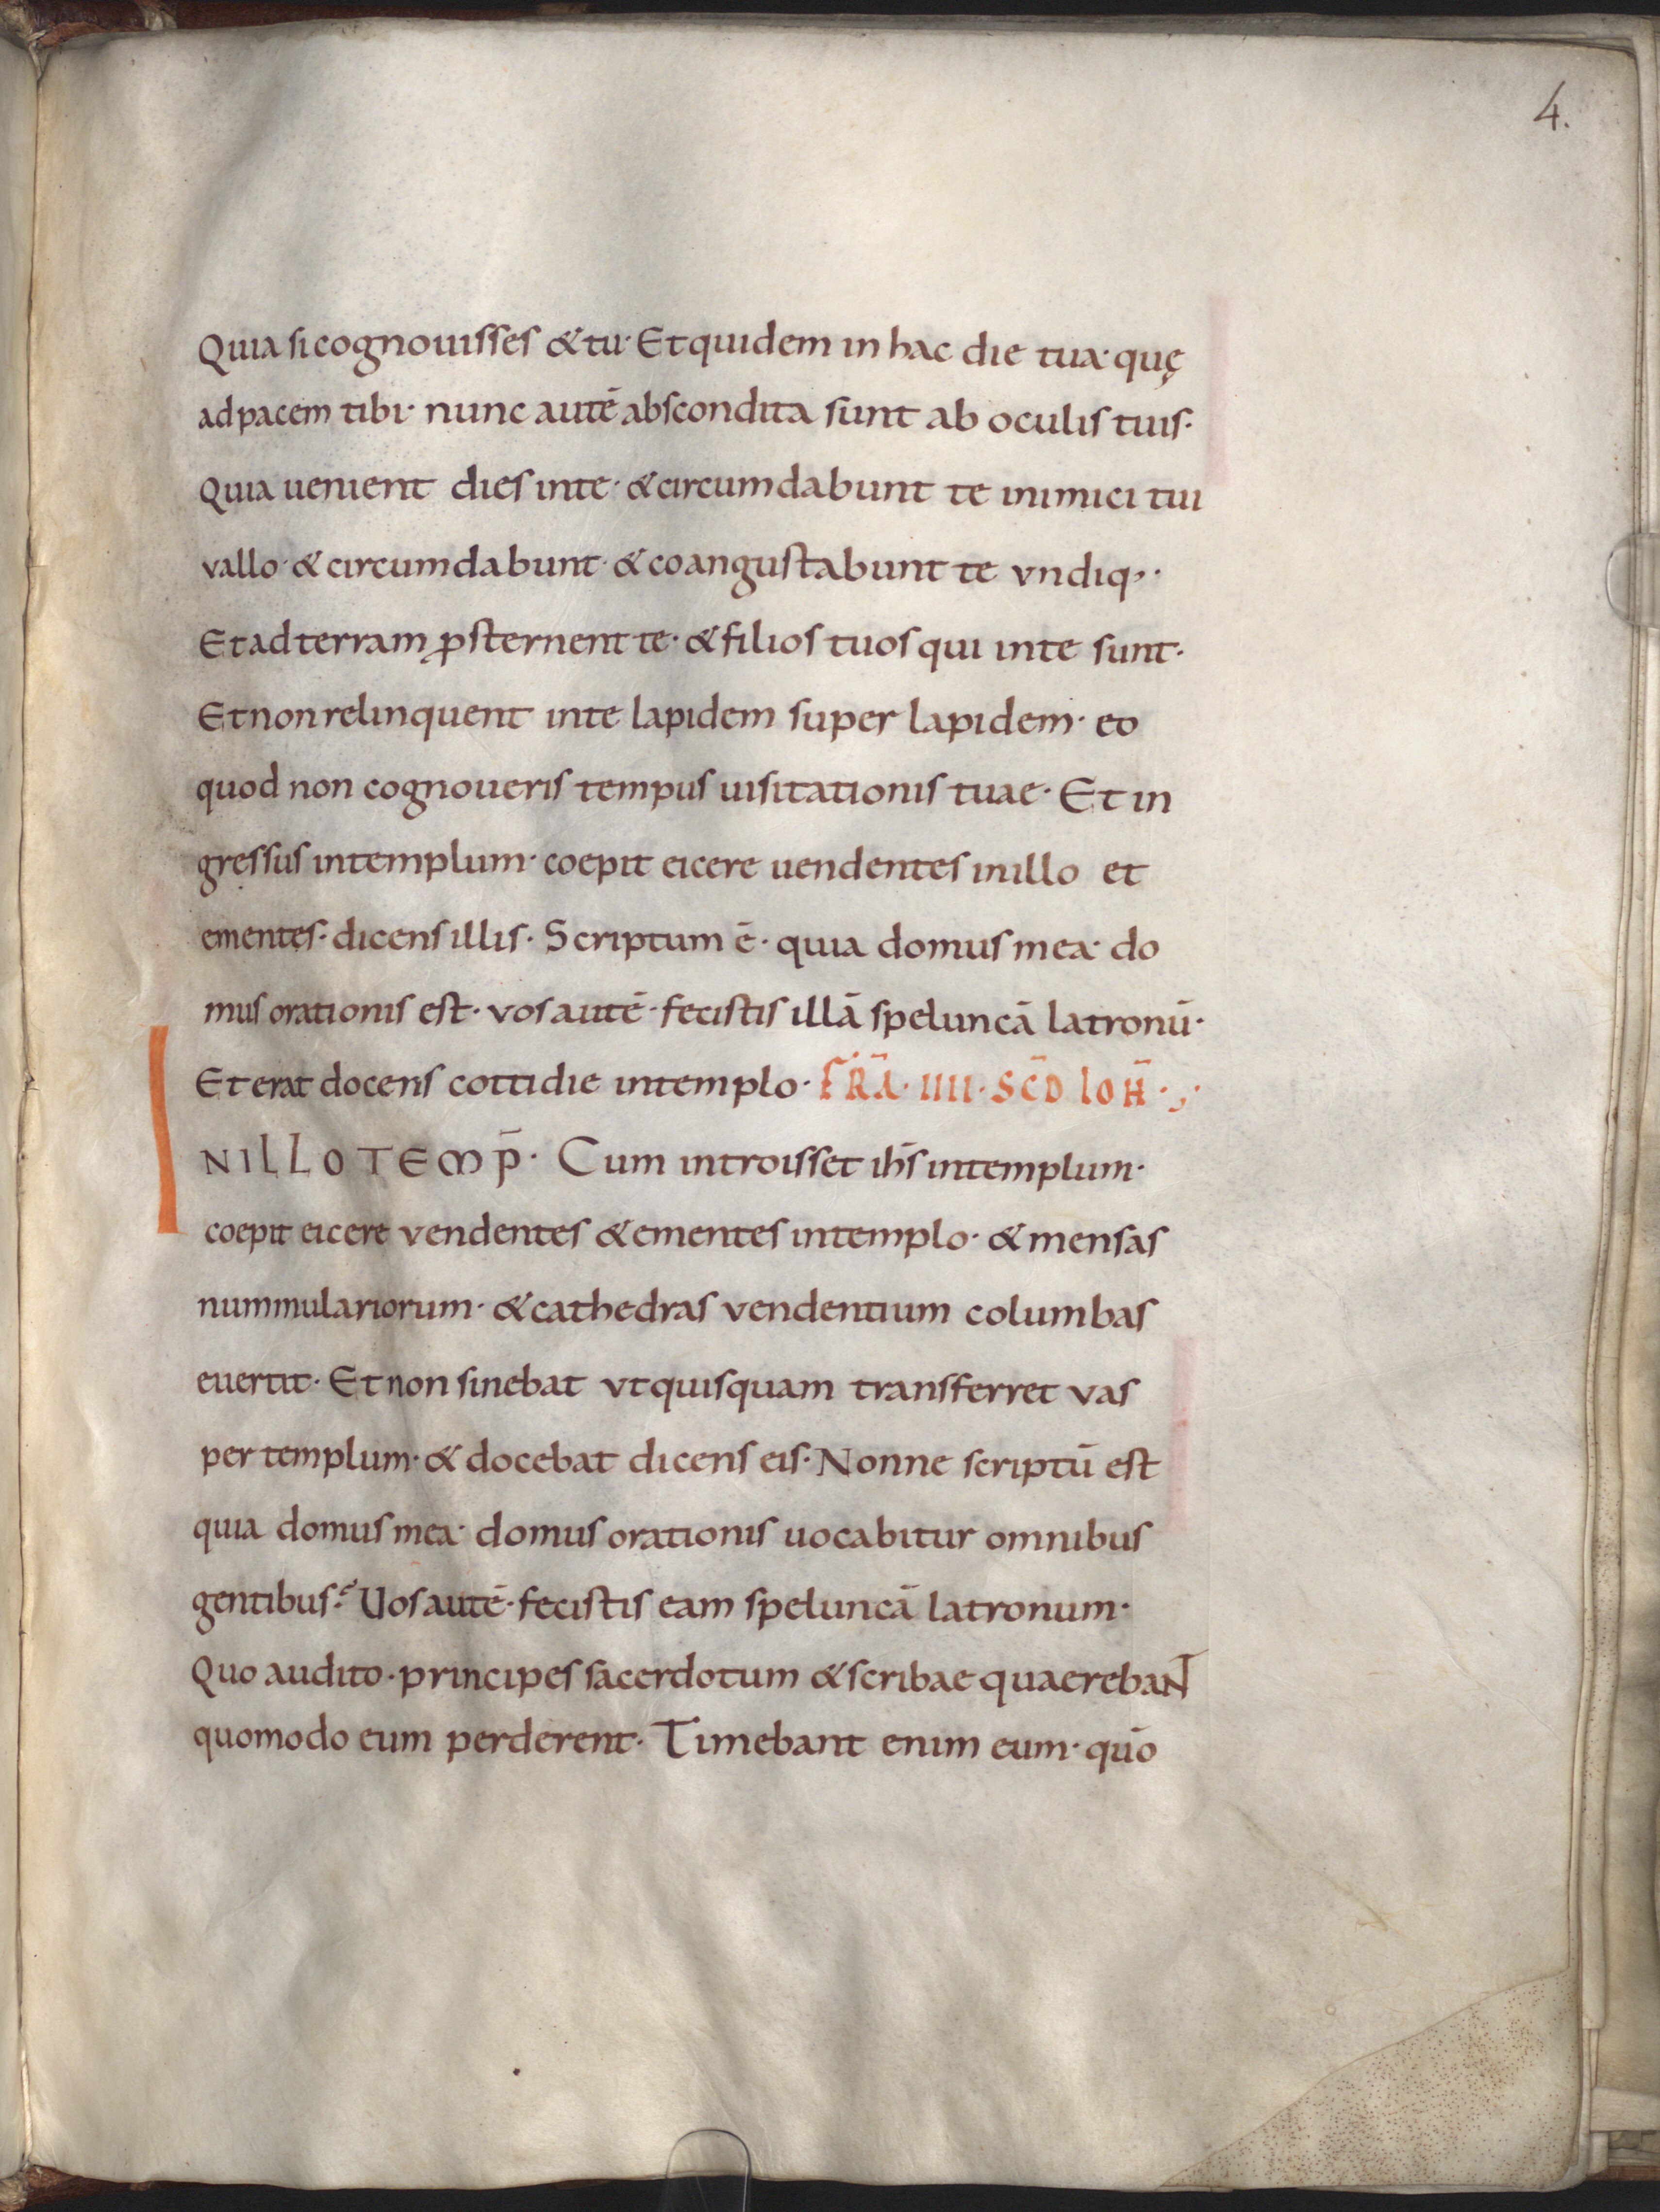
Shelfmark: Munich, Bayerische Staatsbibliothek, Clm 23251
Century: 11